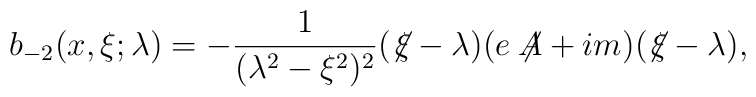
b_{-2}(x,\xi;\lambda)=-\frac{1}{(\lambda^2-\xi^2)^2}(\not\! \xi-\lambda)(e\not\!\! A+im)(\not\! \xi-\lambda),